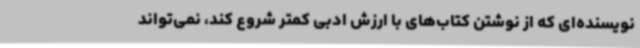
نویسنده‌ای که از نوشتن کتاب‌های با ارزش ادبی کمتر شروع کند، نمی‌تواند